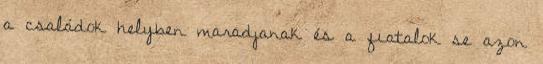
a családok helyben maradjanak és a fiatalok se azon